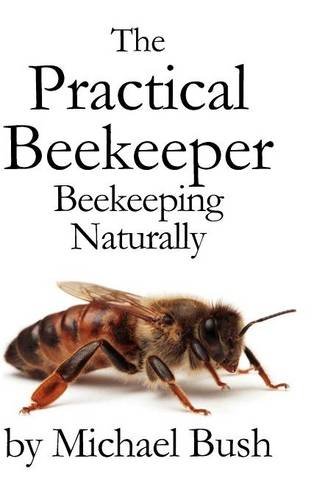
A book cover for The Practical Beekeeper: Beekeeping Naturally; Michael Bush; Science & Math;